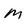
Character: M